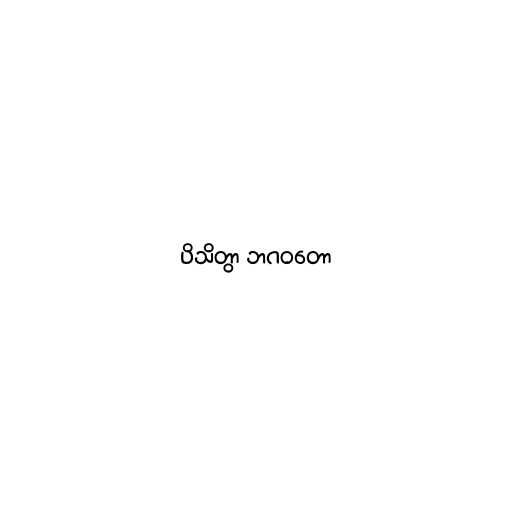
ပိသိတွာ ဘဂဝတော